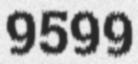
9599